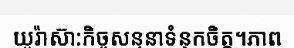
យូរ៉ាស៊ា:កិច្ចសន្ទនាទំនុកចិត្ត។ភាព